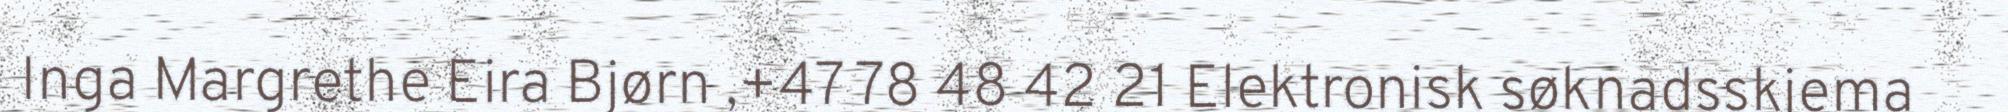
Inga Margrethe Eira Bjørn ,+47 78 48 42 21 Elektronisk søknadsskjema